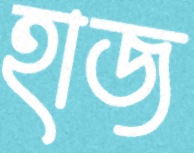
হাজ